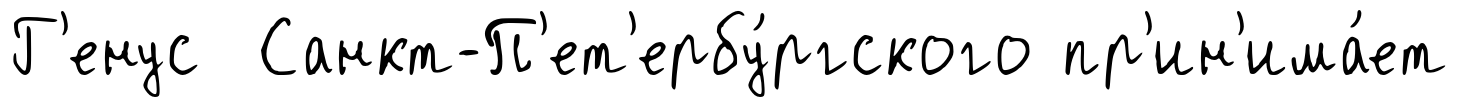
Г'енус Санкт-П'ет'ербу́ргского пр'ин'има́ет